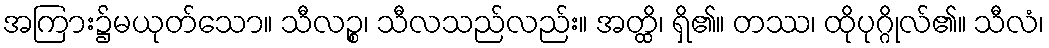
အကြား၌မယုတ်သော။ သီလဉ္စ၊ သီလသည်လည်း။ အတ္ထိ၊ ရှိ၏။ တဿ၊ ထိုပုဂ္ဂိုလ်၏။ သီလံ၊